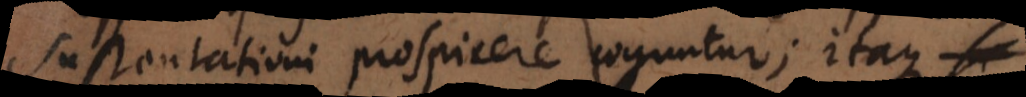
sustentationi prospicere coguntur; itaque si